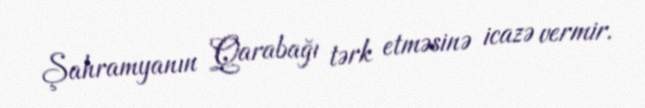
Şahramyanın Qarabağı tərk etməsinə icazə vermir.